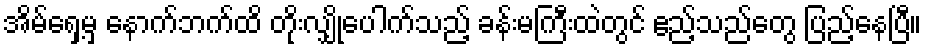
အိမ်ရှေ့မှ နောက်ဘက်ထိ တိုးလျှိုပေါက်သည့် ခန်းမကြီးထဲတွင် ဧည့်သည်တွေ ပြည့်နေပြီ။